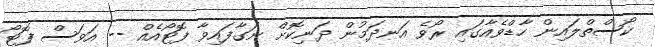
ކޯސްތްލައިން ހާޑްވެއާގައި ރޯވެ އަނދަމުން ދަނިކޮށް ނަގާފައިވާ ފޮޓޯއެއް -- އަވަސް ފޮޓޯ